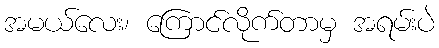
အမယ်လေး၊ ကြောင်လိုက်တာမှ အရမ်းပဲ